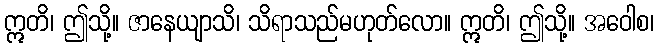
ဣတိ၊ ဤသို့။ ဇာနေယျာသိ၊ သိရာသည်မဟုတ်လော။ ဣတိ၊ ဤသို့။ အဝေါစ၊